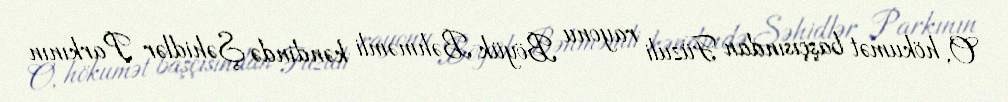
O, hökumət başçısından Füzuli rayonu Böyük Bəhməmli kəndində Şəhidlər Parkının